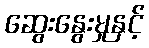
ဆွေးနွေးမှုနှင့်